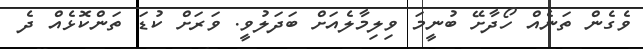
ވެގެން ތަނެއް ހޯދާށޭ ބުނީމަ ވިލިމާލެއަށް ބަދަލުވީ. ވަރަށް ކުޑަ ތަންކޮޅެއް ދެ